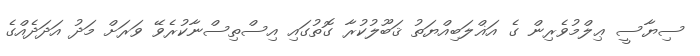
ސިޔާސީ ޢިލްމުވެރިން ގެ އަޣްލަބިއްޔަތު ޤަބޫލުކުރާ ގޮތުގައި އިސްތިސްނާކުރެވޭ ވަރަށް މަދު އަދަދެއްގެ